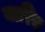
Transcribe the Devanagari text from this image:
वारिन